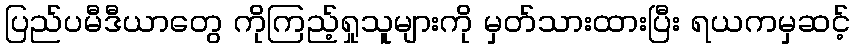
ပြည်ပမီဒီယာတွေ ကိုကြည့်ရှုသူများကို မှတ်သားထားပြီး ရယကမှဆင့်